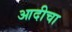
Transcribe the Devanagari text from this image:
आदीचा